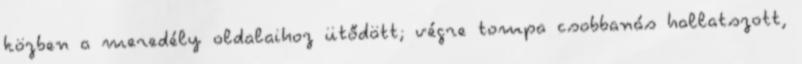
közben a meredély oldalaihoz ütődött; végre tompa csobbanás hallatszott,